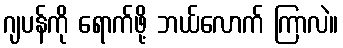
ဂျပန်ကို ရောက်ဖို့ ဘယ်လောက် ကြာလဲ။